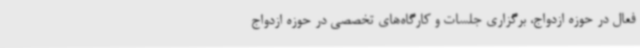
فعال در حوزه ازدواج، برگزاری جلسات و کارگاه‌های تخصصی در حوزه ازدواج